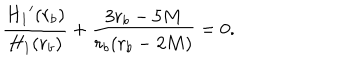
\frac { { H _ { 1 } } ^ { \prime } ( r _ { b } ) } { H _ { 1 } ( r _ { b } ) } + \frac { 3 r _ { b } - 5 M } { r _ { b } ( r _ { b } - 2 M ) } = 0 .